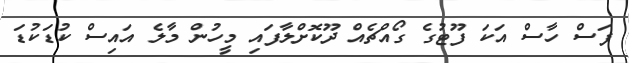
ފަސް ހާސް އަކަ ފޫޓުގެ ގޯއްޗެއް ދޫކޮށްލާފައި މީހުން މާލެ އައިސް ކުޑަކުޑަ